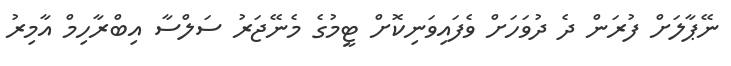
ނޭޕާލަށް ފުރަން ދެ ދުވަހަށް ވެފައިވަނިކޮށް ޓީމުގެ މެނޭޖަރު ސަލްސާ އިބްރާހިމް އާމިރު